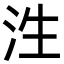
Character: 泩